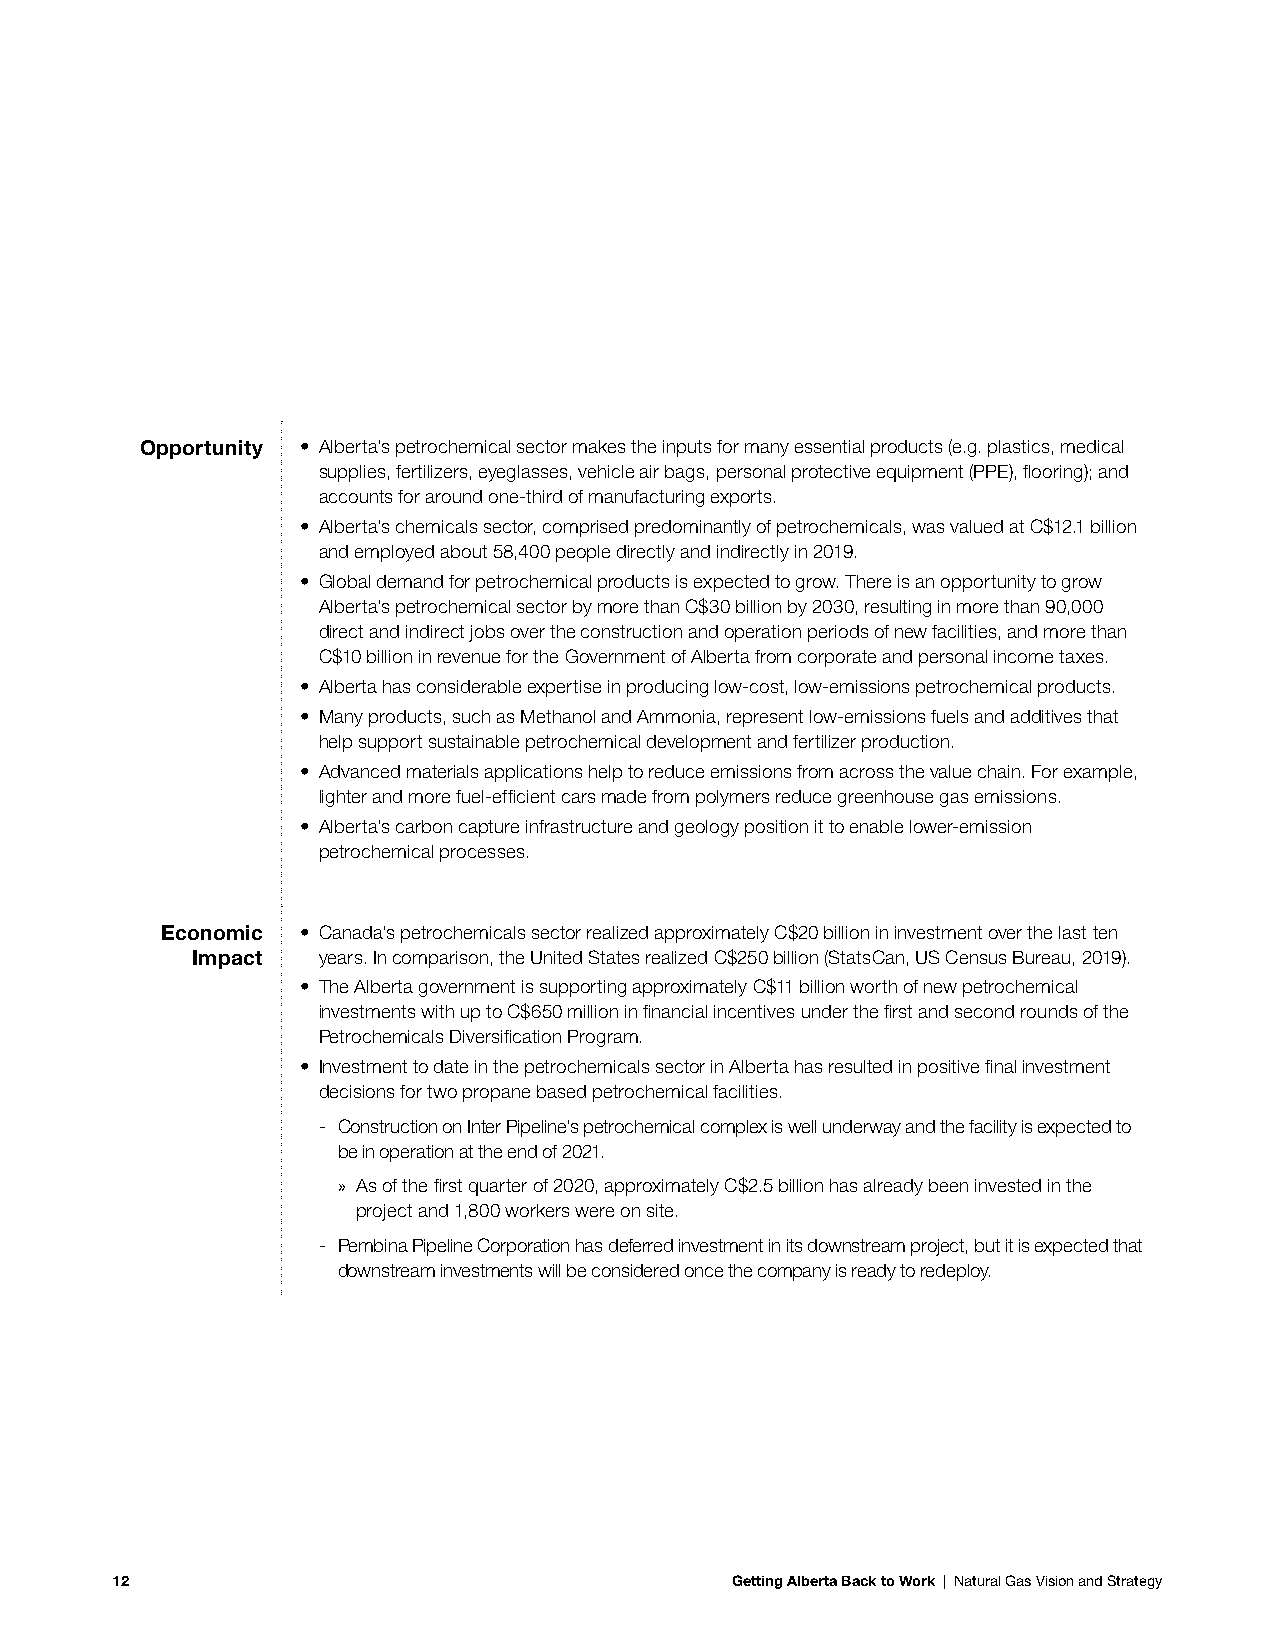
Opportunity • Alberta’s petrochemical sector makes the inputs for many essential products (e.g. plastics, medical
 supplies, fertilizers, eyeglasses, vehicle air bags, personal protective equipment (PPE), flooring); and
 accounts for around one-third of manufacturing exports.
 • Alberta’s chemicals sector, comprised predominantly of petrochemicals, was valued at C$12.1 billion
 and employed about 58,400 people directly and indirectly in 2019.
 • Global demand for petrochemical products is expected to grow. There is an opportunity to grow
 Alberta’s petrochemical sector by more than C$30 billion by 2030, resulting in more than 90,000
 direct and indirect jobs over the construction and operation periods of new facilities, and more than
 C$10 billion in revenue for the Government of Alberta from corporate and personal income taxes.
 • Alberta has considerable expertise in producing low-cost, low-emissions petrochemical products.
 • Many products, such as Methanol and Ammonia, represent low-emissions fuels and additives that
 help support sustainable petrochemical development and fertilizer production.
 • Advanced materials applications help to reduce emissions from across the value chain. For example,
 lighter and more fuel-efficient cars made from polymers reduce greenhouse gas emissions.
 • Alberta’s carbon capture infrastructure and geology position it to enable lower-emission
 petrochemical processes.
 Economic • Canada’s petrochemicals sector realized approximately C$20 billion in investment over the last ten
 Impact  years. In comparison, the United States realized C$250 billion (StatsCan, US Census Bureau, 2019).
 • The Alberta government is supporting approximately C$11 billion worth of new petrochemical
 investments with up to C$650 million in financial incentives under the first and second rounds of the
 Petrochemicals Diversification Program.
 • Investment to date in the petrochemicals sector in Alberta has resulted in positive final investment
 decisions for two propane based petrochemical facilities.
 - Construction on Inter Pipeline’s petrochemical complex is well underway and the facility is expected to
 be in operation at the end of 2021.
 » As of the first quarter of 2020, approximately C$2.5 billion has already been invested in the
 project and 1,800 workers were on site.
 - Pembina Pipeline Corporation has deferred investment in its downstream project, but it is expected that
 downstream investments will be considered once the company is ready to redeploy.
 12                                       Getting Alberta Back to Work | Natural Gas Vision and Strategy